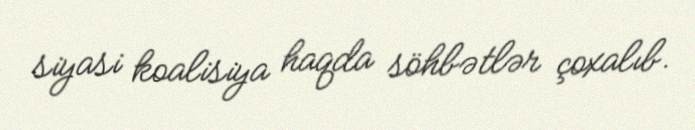
siyasi koalisiya haqda söhbətlər çoxalıb.